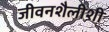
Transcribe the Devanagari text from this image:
जीवनशैलीशी